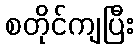
စတိုင်ကျပြီး